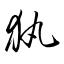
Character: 犱